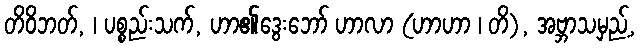
တိဝိဘတ်, ၊ ပစ္စည်းသက်, ဟာ၏ဒွေးဘော် ဟာလာ (ဟာဟာ ၊ တိ), အဗ္ဘာသမှည့်,